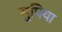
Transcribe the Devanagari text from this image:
सुपिया